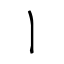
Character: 丨